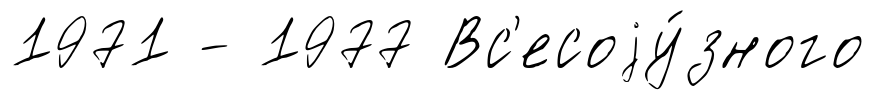
1971 - 1977 Вс'есоjу́зного